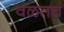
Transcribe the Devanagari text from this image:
वळतच